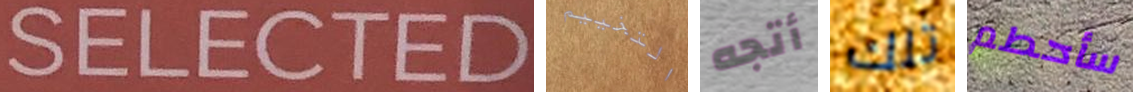
SELECTED التخييم أتجه تلك سأحطم